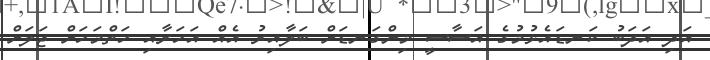
އަދި އަދަބު ކަނޑައެޅުމުގެ އަސާސީ މިންގަނޑަށް ބަލާއިރު އެއް އަހަރާއި ހަތްމަހަށް ޖަލަށް